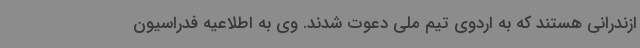
ازندرانی هستند که به اردوی تیم ملی دعوت شدند. وی به اطلاعیه فدراسیون